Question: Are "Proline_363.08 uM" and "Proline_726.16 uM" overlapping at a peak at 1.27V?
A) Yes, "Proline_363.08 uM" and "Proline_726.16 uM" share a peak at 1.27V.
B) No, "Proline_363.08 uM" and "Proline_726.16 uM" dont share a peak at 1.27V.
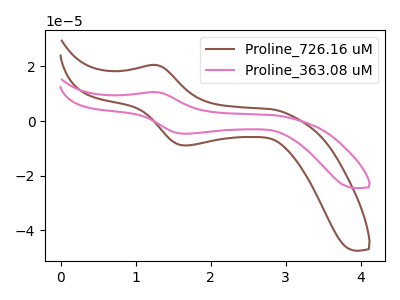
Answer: <think>The brown curve "Proline_726.16 uM" has an anodic peak at (1.25V, 20.55uA) and a cathodic peak at (1.65V, -8.90uA). The pink curve "Proline_363.08 uM" has an anodic peak at (1.25V, 10.60uA) and a cathodic peak at (1.65V, -4.60uA).</think>
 <answer>A) Yes, "Proline_363.08 uM" and "Proline_726.16 uM" share a peak at 1.27V.</answer>
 <eval>A</eval>